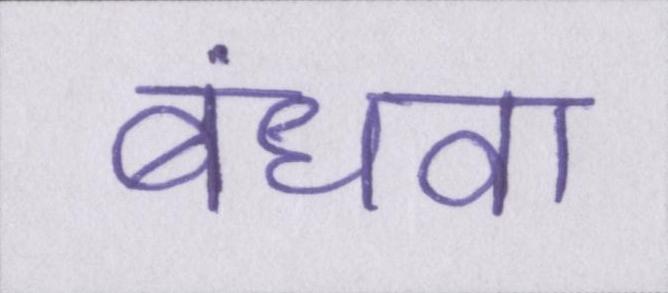
बंधवा